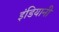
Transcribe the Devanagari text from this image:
इंडियानी